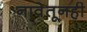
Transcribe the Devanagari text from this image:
नावेतूनही